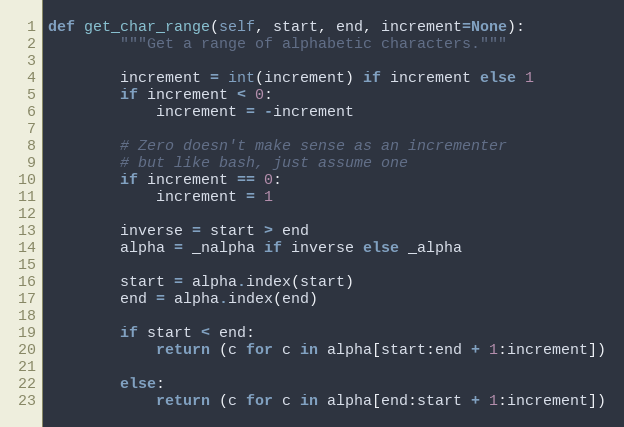
Language: Python
def get_char_range(self, start, end, increment=None):
        """Get a range of alphabetic characters."""

        increment = int(increment) if increment else 1
        if increment < 0:
            increment = -increment

        # Zero doesn't make sense as an incrementer
        # but like bash, just assume one
        if increment == 0:
            increment = 1

        inverse = start > end
        alpha = _nalpha if inverse else _alpha

        start = alpha.index(start)
        end = alpha.index(end)

        if start < end:
            return (c for c in alpha[start:end + 1:increment])

        else:
            return (c for c in alpha[end:start + 1:increment])